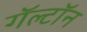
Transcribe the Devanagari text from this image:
गॅल्टॉन